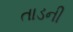
તાડની